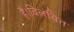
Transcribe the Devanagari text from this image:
है।विलंबित